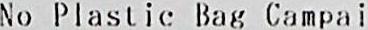
NO PLASTIC BAG CAMPAI